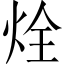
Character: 烇